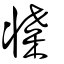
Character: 牃